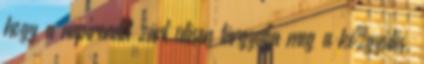
hogy a napirendet zárt ülésen tárgyalja meg a közgyűlés,